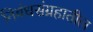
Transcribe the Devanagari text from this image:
निबंधसंग्रहातील